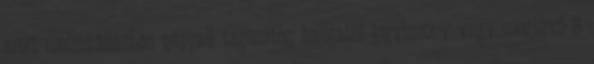
amit mellékállásban nappali tagozatos hallgatói jogviszony vagy meglévő 8